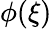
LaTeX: \phi(\xi)